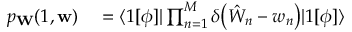
\begin{array} { r l } { p _ { \mathbf { W } } ( 1 , \mathbf { w } ) } & { { } = \langle 1 [ \phi ] | \prod _ { n = 1 } ^ { M } \delta \bigl ( \hat { W } _ { n } - w _ { n } \bigr ) | 1 [ \phi ] \rangle } \end{array}